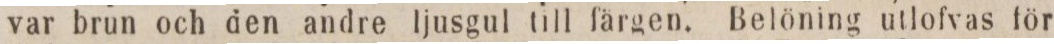
var brun och den andre Ijusgul till färgen. Belöning utlofvas för